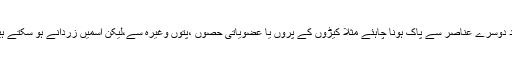
شہد دوسرے عناصر سے پاک ہونا چاہئے مثلاً کیڑوں کے پروں یا عضویاتی حصوں ،پتوں وغیرہ سے،لیکن اسمیں زردانے ہو سکتے ہیں ۔